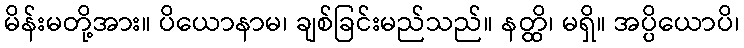
မိန်းမတို့အား။ ပိယောနာမ၊ ချစ်ခြင်းမည်သည်။ နတ္ထိ၊ မရှိ။ အပ္ပိယောပိ၊